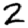
Digit: 2